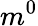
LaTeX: m^{0}